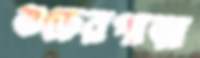
গুড়েরপাড়া